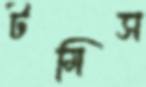
টমিস